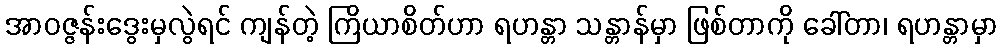
အာဝဇ္ဇန်းဒွေးမှလွဲရင် ကျန်တဲ့ ကြိယာစိတ်ဟာ ရဟန္တာ သန္တာန်မှာ ဖြစ်တာကို ခေါ်တာ၊ ရဟန္တာမှာ